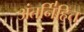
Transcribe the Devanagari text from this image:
अंतर्नि॑हित